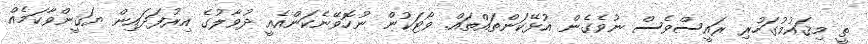
ތީ މިޤައުމުގަހުރި ރައީސްވެސް ނުވެގެން އުޅޭކަންތައްތައް. ވޯޓަކުން ނުހޮވޭނެކަންއެއީ ދުވާލުގެ އިރުފަދައިން ޔަޤީންވާކަމެއް